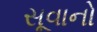
સૂવાનો